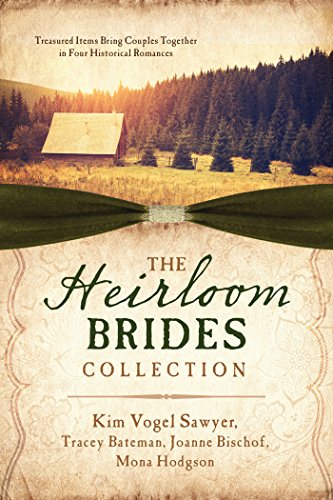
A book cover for Heirloom Brides Collection; Tracey V. Bateman; Romance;